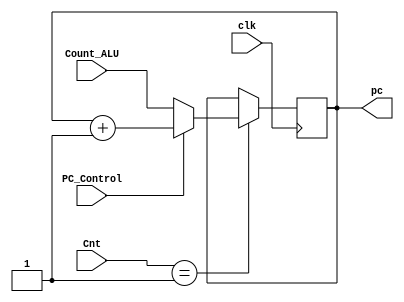
module PC
#(
  parameter SIZE_CNT=3,
  parameter CNT_CLK=1
)
(clk,Cnt, PC_Control, Count_ALU, pc);
parameter N=4;
input clk;
input [SIZE_CNT:0]Cnt;
input PC_Control;
input [N-1:0]Count_ALU;
output [N-1:0]pc;
reg [N-1:0]pc_current;
wire [N-1:0]pc_next, pc2;
initial begin
	pc_current <= 4'b0;
	end
always @(posedge clk)
	begin 
	if(Cnt==CNT_CLK)
	begin
	pc_current <= pc_next;
	end
	end
	assign pc2 =(PC_Control==0)? Count_ALU:(pc_current +  4'b0001);
	//assign pc2 = pc_current +  8'b0000_0001;
	assign pc_next = pc2;
	assign pc = pc_current;
endmodule